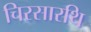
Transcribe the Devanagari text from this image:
चिरसारथि